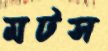
মটস